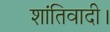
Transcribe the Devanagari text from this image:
शांतिवादी।